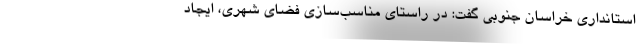
استانداری خراسان جنوبی گفت: در راستای مناسب‌سازی فضای شهری، ایجاد